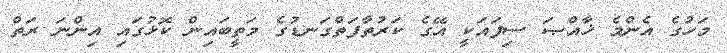
މަހުގެ އެންމެ ޚާއްޞަ ސިފައަކީ އޭގެ ކަރުތާފަތްގަނޑުގެ މަތީބައިން ކޮޅުގައި އިންނަ ރަތް